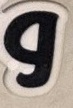
و